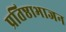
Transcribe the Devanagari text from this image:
प्रतिष्ठाभाजन